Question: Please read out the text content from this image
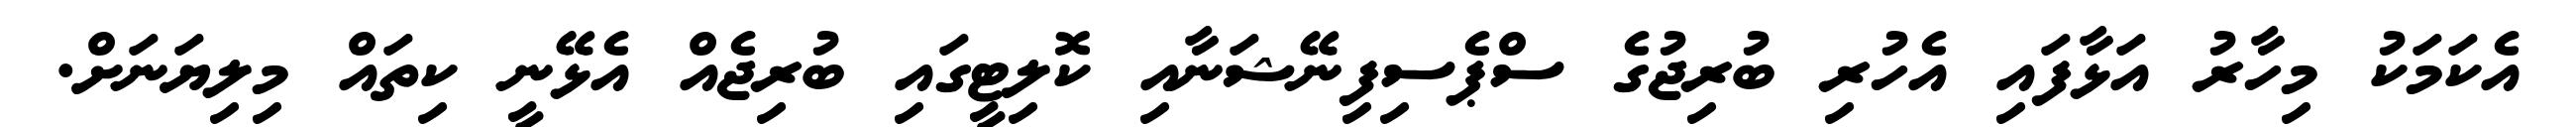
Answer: އެކަމަކު މިހާރު އަޅާފައި އެހުރި ބުރިޖުގެ ސްޕެސިފިނޭޝަނާއި ކޮލިޓީގައި ބުރިޖެއް އެޅޭނީ ކިތައް މިލިޔަނަށް.